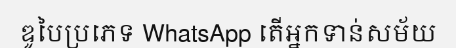
ឌូបៃប្រភេទ WhatsApp តើអ្នកទាន់សម័យ